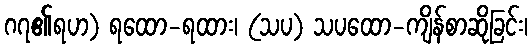
ဂ၇၏ရဟ) ရထော-ရထား၊ (သပ) သပထော-ကျိန်စာဆိုခြင်း၊